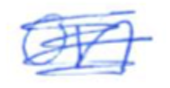
Text: on
Cross-out: scratch
Writing tool: ballpoint